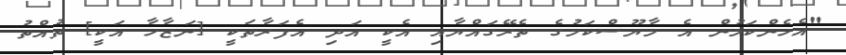
"އެހެންކަމުން އެ މާޔޫސްކަމުގެ ތެރޭގައްޔާއި އެކީ އަދި އެފަރާތަކީ [ނަޒާހާ އަކީ] ތުއްތު